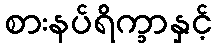
စားနပ်ရိက္ခာနှင့်